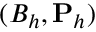
( B _ { h } , { \bf P } _ { h } )